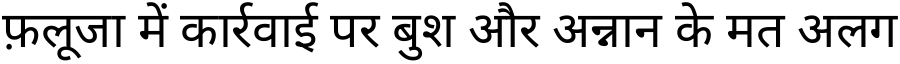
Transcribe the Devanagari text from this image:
फ़लूजा में कार्रवाई पर बुश और अन्नान के मत अलग